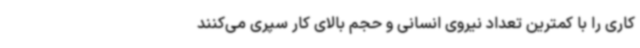
کاری را با کمترین تعداد نیروی انسانی و حجم بالای کار سپری می‌کنند